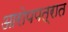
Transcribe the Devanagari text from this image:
आरोपपत्रात